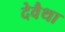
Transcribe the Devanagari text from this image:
देवैथा